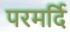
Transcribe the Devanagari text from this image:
परमर्दि